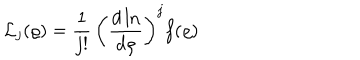
{ \mathcal L } _ { j } ( \varrho ) = \frac { 1 } { j ! } \, \left( \frac { d \ln } { d \varrho } \right) ^ { j } f ( \varrho ) \;